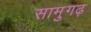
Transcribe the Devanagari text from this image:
सामुगढ़